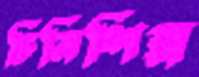
চিনিশিল্প